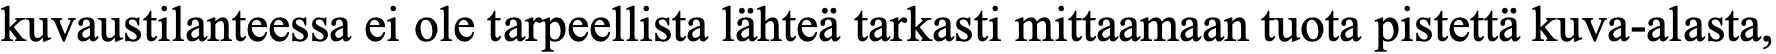
kuvaustilanteessa ei ole tarpeellista lähteä tarkasti mittaamaan tuota pistettä kuva-alasta,